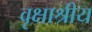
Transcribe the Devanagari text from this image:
वृक्षाश्रीय